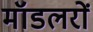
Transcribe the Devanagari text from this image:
मॉडलरों